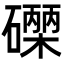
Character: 𮁐